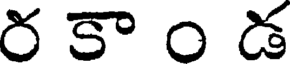
ర కా ం డ